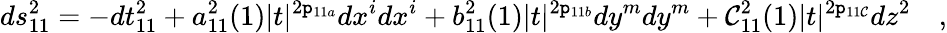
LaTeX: ds_{11}^{2}=-dt_{11}^{2}+a_{11}^{2}(1)|t|^{2\mathtt{p}_{11a}}dx^{i}dx^{i}+b_{11}^{2}(1)|t|^{2\mathtt{p}_{11b}}dy^{m}dy^{m}+\mathcal{C}_{11}^{2}(1)|t|^{2\mathtt{p}_{11\mathcal{C}}}dz^{2}\quad,